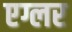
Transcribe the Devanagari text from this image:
एग्लर